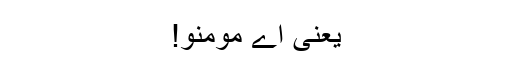
یعنی اے مومنو!